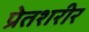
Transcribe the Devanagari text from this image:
प्रेतशरीर